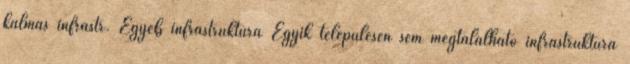
kalmas infrastr. Egyéb infrastruktúra Egyik településen sem megtalálható infrastruktúra